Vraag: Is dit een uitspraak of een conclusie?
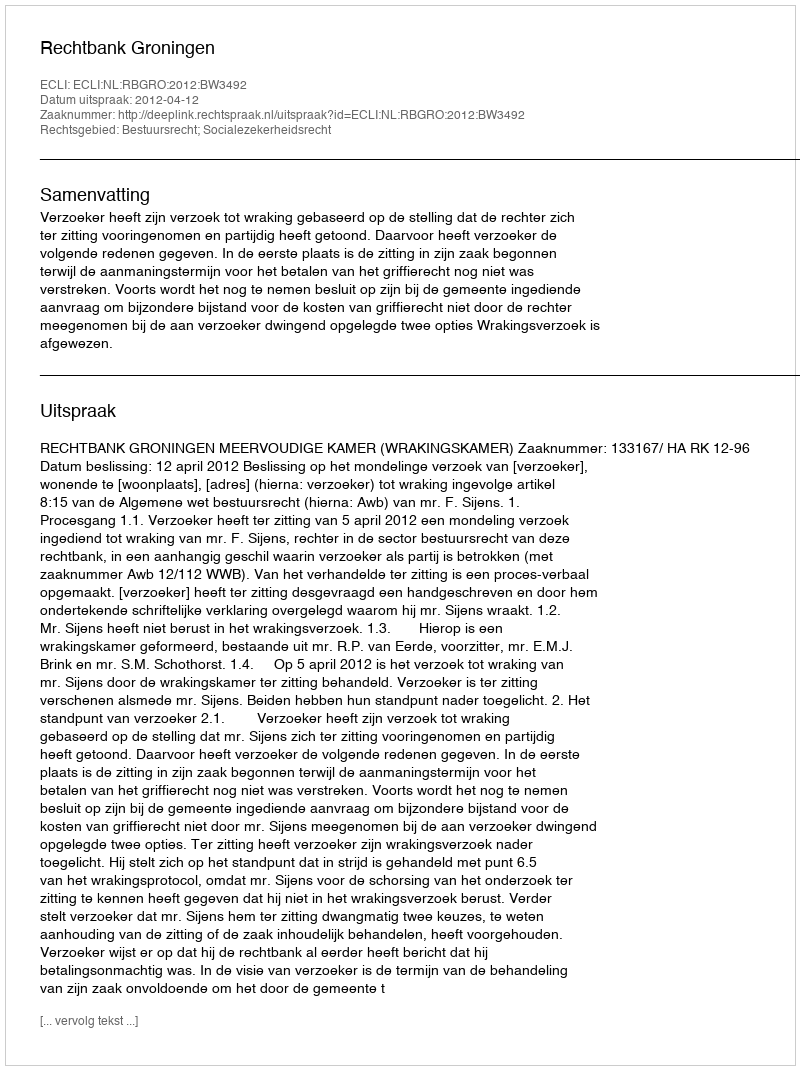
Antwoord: Uitspraak